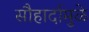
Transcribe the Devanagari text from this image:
सौहार्दामुळे